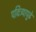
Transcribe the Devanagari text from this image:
पवित्र्यापुढे